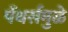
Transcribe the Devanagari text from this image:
पँथर्समुळे